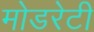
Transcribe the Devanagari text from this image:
मोडरेटी